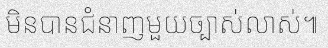
មិនបានជំនាញមួយច្បាស់លាស់៕